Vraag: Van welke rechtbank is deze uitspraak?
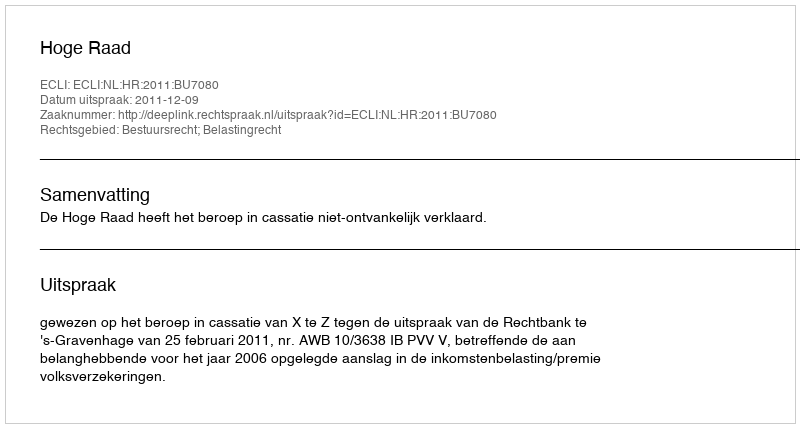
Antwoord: Hoge Raad